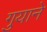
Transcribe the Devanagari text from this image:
गुयाने